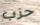
حزب